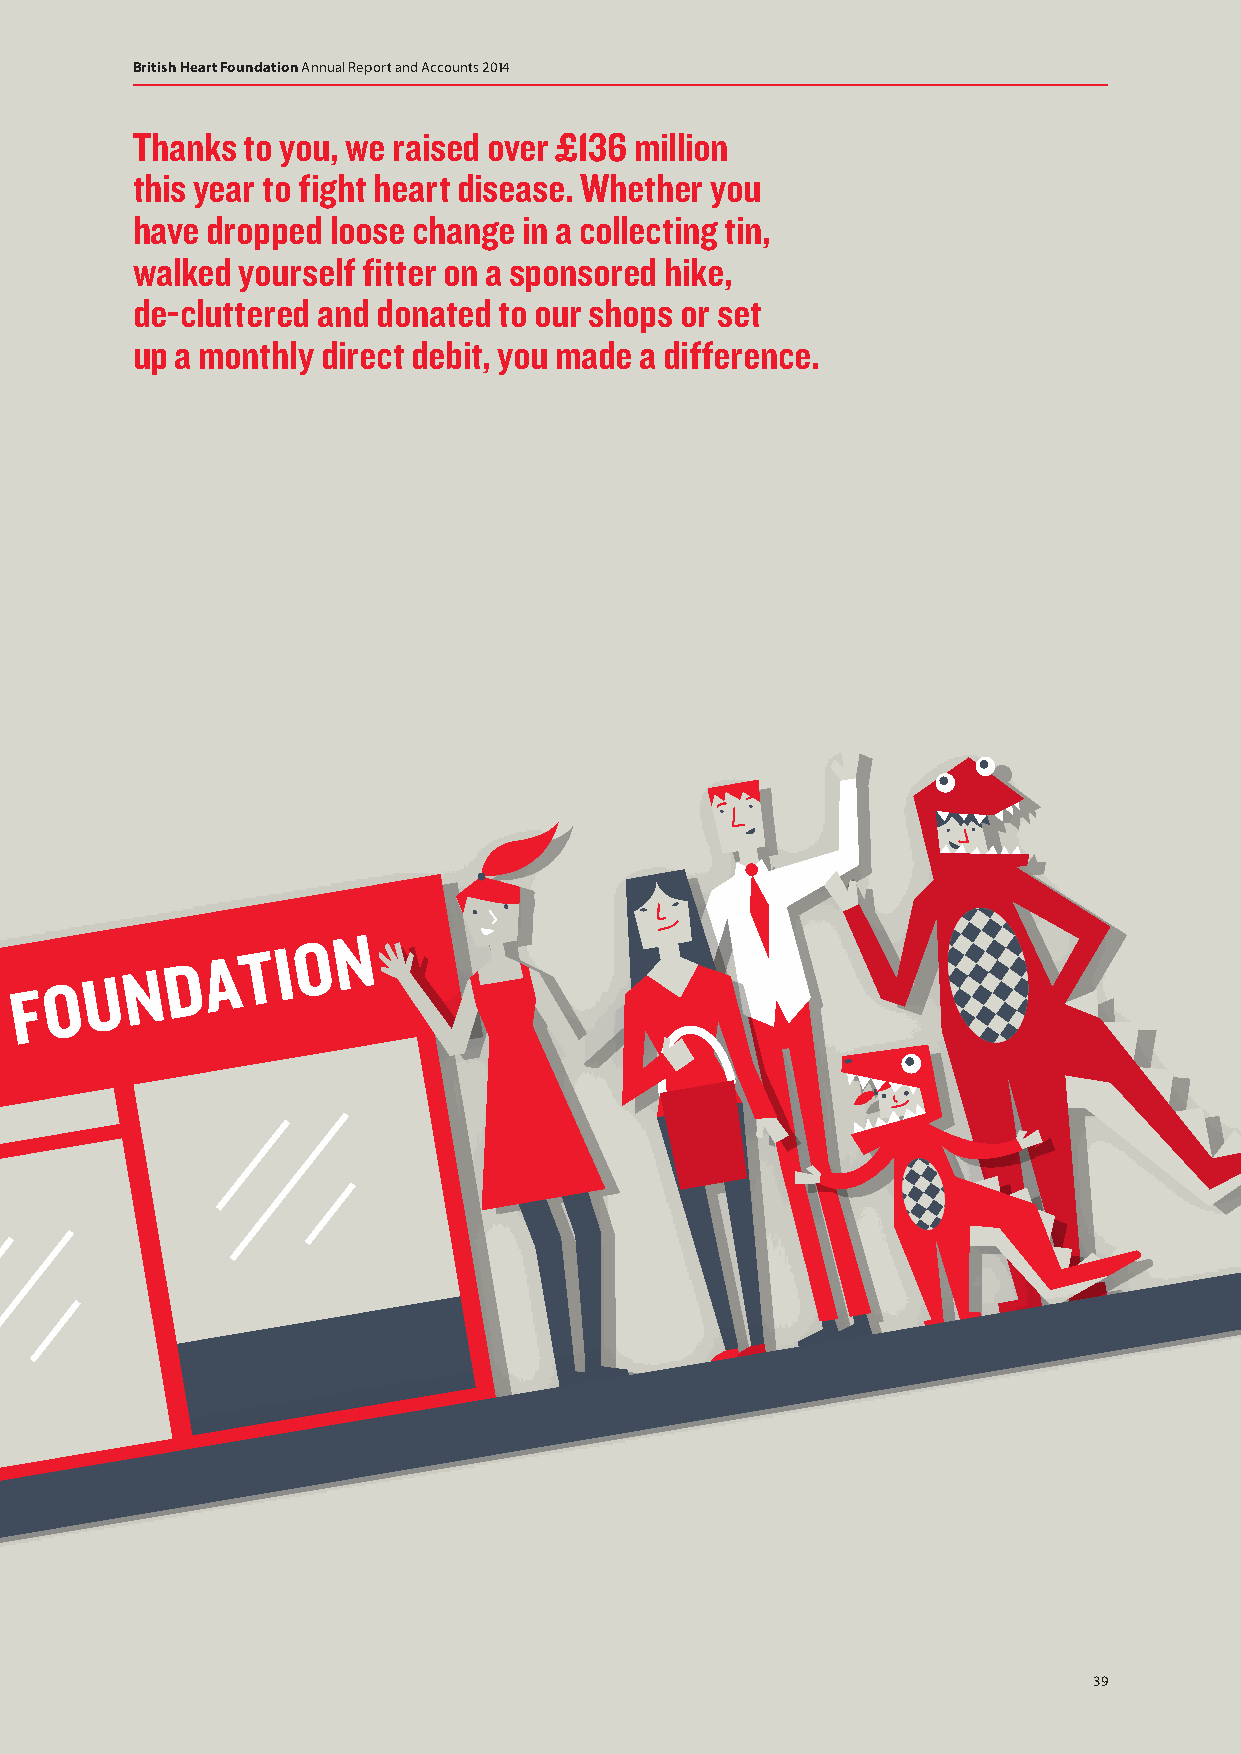
British Heart Foundation Annual Report and Accounts 2014
 Thanks to you, we raised over £136 million
 this year to fight heart disease. Whether you
 have dropped loose change in a collecting tin,
 walked yourself fitter on a sponsored hike,
 de-cluttered and donated to our shops or set
 up a monthly direct debit, you made a difference.
 N
 H
 H HE EA AR RT T
 F
 FO
 OU
 UN
 ND DA AT T I I O O N
 B
 R RI IT TI IS S H
 B
 39